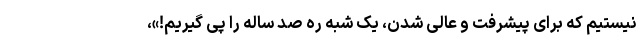
نیستیم که برای پیشرفت و عالی شدن، یک شبه ره صد ساله را پی گیریم!»،